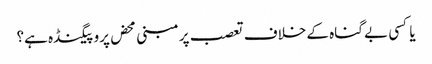
یا کسی بے گناہ کے خلاف تعصب پر مبنی محض پروپیگنڈہ ہے؟